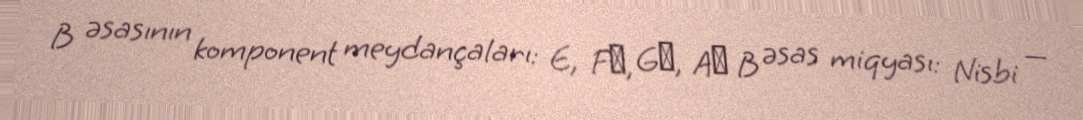
B əsasının komponent meydançaları: E, F♯, G♯, A♯ B əsas miqyası: Nisbi —